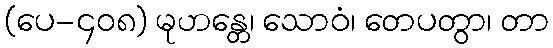
(ပေ-၄၀၈) မုဟန္တေ၊ သောဝံ၊ တေပတွာ၊ တာ